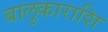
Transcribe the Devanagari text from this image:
बालुकाराशि